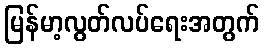
မြန်မာ့လွတ်လပ်ရေးအတွက်